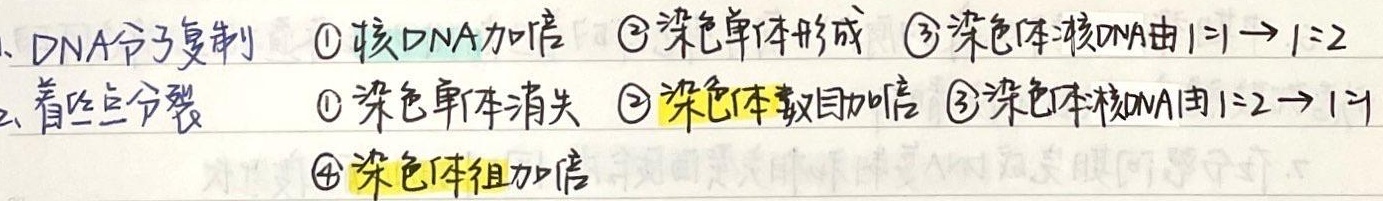
1. DNA分子复制：
    - \textcircled{1}核DNA加倍；
    - \textcircled{2}染色单体形成；
    - \textcircled{3}染色体核DNA由\(1:1\)→\(1:2\)。
2. 着丝点分裂：
    - \textcircled{1}染色单体消失；
    - \textcircled{2}染色体数目加倍；
    - \textcircled{3}染色体核DNA由\(1:2\)→\(1:1\)；
    - \textcircled{4}染色体组加倍。